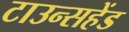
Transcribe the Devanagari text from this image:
टाउन्सहेंड